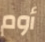
أوم